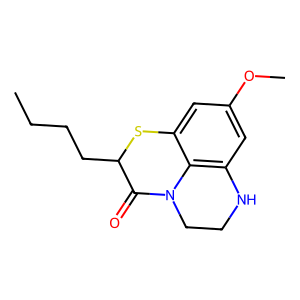
SMILES: CCCCC1Sc2cc(OC)cc3c2N(CCN3)C1=O
Inhibits HIV replication: No